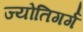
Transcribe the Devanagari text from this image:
ज्योतिगर्ग